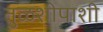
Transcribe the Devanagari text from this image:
तुळशीपाशी